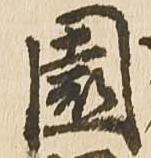
園